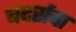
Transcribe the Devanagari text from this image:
बदर्सचा